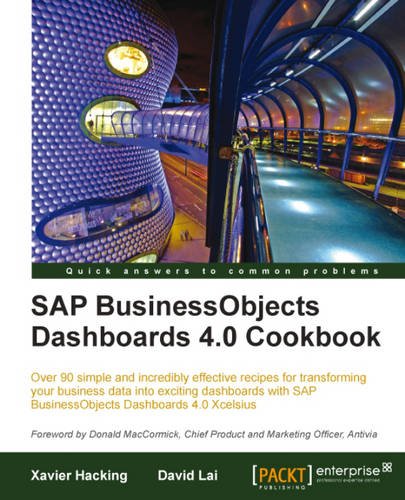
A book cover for SAP BusinessObjects Dashboards 4.0 Cookbook; David Lai; Computers & Technology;